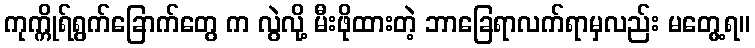
ကုက္ကိုရ်ရွက်ခြောက်တွေ က လွဲလို့ မီးဖိုထားတဲ့ ဘာခြေရာလက်ရာမှလည်း မတွေ့ရ။